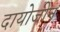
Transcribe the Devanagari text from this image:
दायोजीन